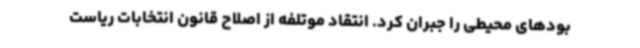
بودهای محیطی را جبران کرد. انتقاد موتلفه از اصلاح قانون انتخابات ریاست